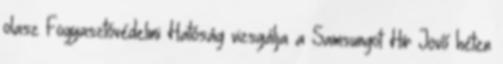
olasz Fogyasztóvédelmi Hatóság vizsgálja a Samsungot Hír Jövő héten